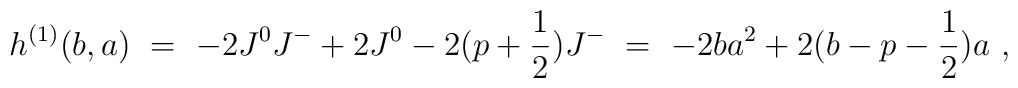
h^{(1)}(b,a)\ =\ -2J^0 J^- +2 J^0 -2 (p+\frac{1}{2}) J^- \ =\ -2ba^2 +2(b-p-\frac{1}{2})a\ ,